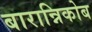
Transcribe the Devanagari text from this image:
बारान्निकोब